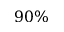
9 0 \%